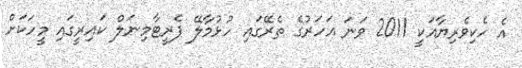
އެ ހެކިވެރިޔާއަކީ 2011 ވަނަ އަހަރުގެ ތެރޭގައި ހުޅުމާލޭ ފެރީޓާމިނަލް ކައިރީގައި މީހަކަށް